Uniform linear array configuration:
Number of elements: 24
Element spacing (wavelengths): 0.5
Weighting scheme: kaiser
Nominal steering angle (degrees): -60
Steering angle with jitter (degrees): -60.256
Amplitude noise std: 0.05
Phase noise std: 0.05

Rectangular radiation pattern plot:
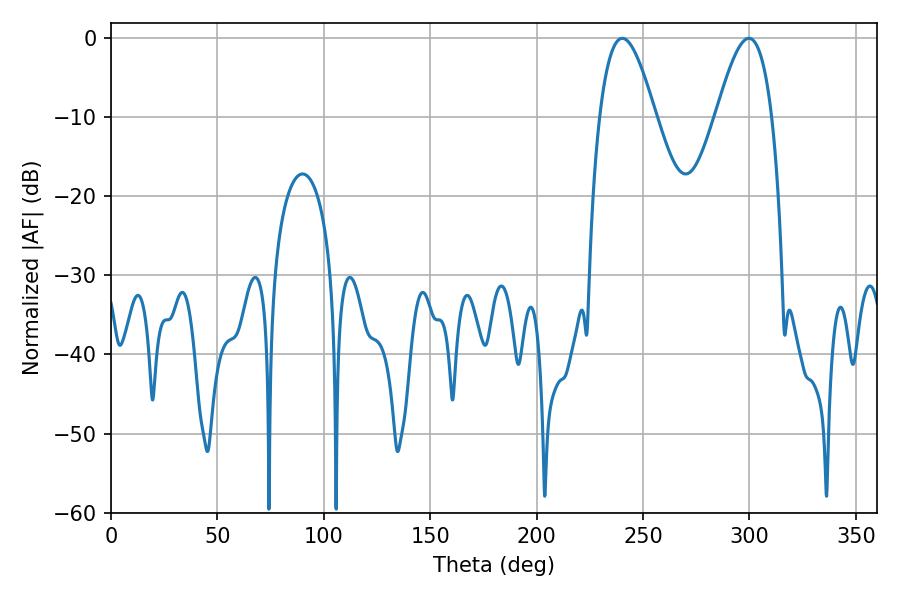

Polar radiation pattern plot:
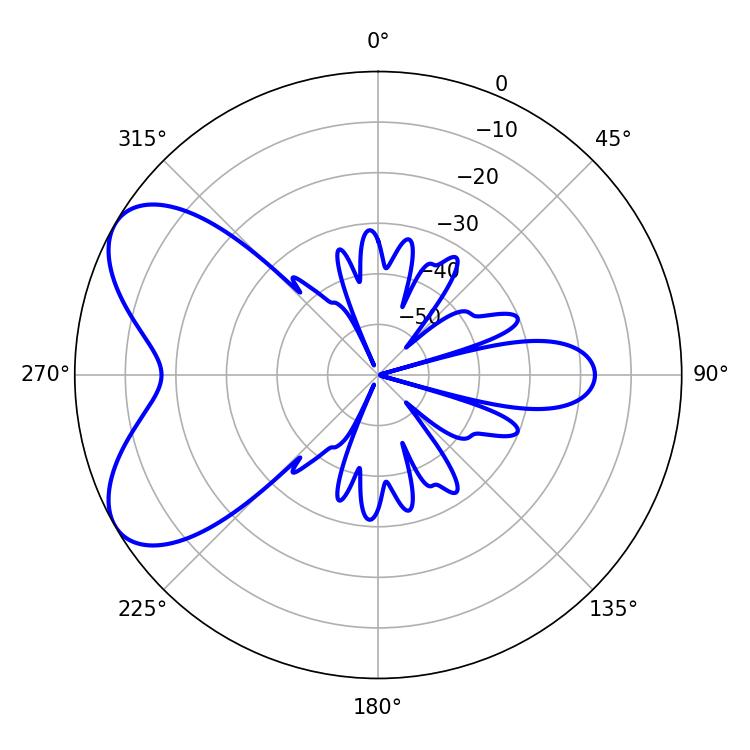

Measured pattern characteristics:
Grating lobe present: FALSE
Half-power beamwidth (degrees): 14.04
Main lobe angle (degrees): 240.3